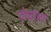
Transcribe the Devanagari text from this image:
दोघांला